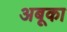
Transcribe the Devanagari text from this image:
अबूका